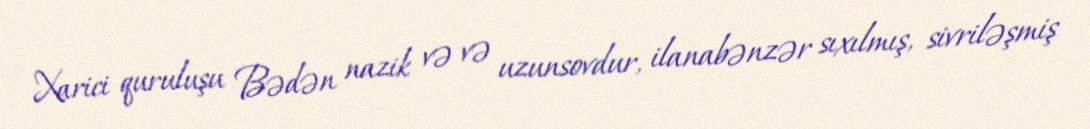
Xarici quruluşu Bədən nazik və və uzunsovdur, ilanabənzər sıxılmış, sivriləşmiş